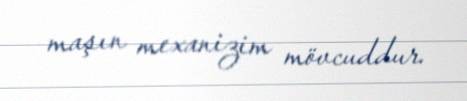
maşın mexanizim mövcuddur.